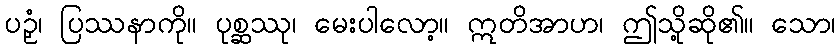
ပဉှံ၊ ပြဿနာကို။ ပုစ္ဆဿု၊ မေးပါလော့။ ဣတိအာဟ၊ ဤသို့ဆို၏။ သော၊